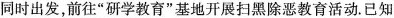
同时出发，前往”研学教育”基地开展扫黑除恶教育活动。已知。